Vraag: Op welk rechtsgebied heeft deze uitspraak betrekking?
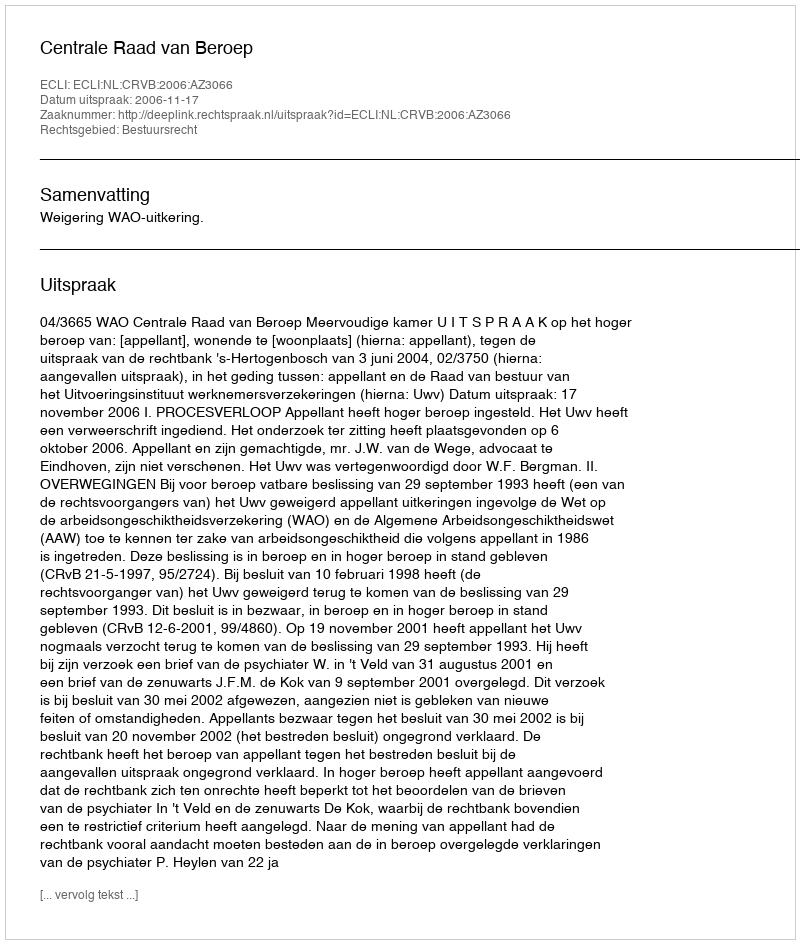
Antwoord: Bestuursrecht